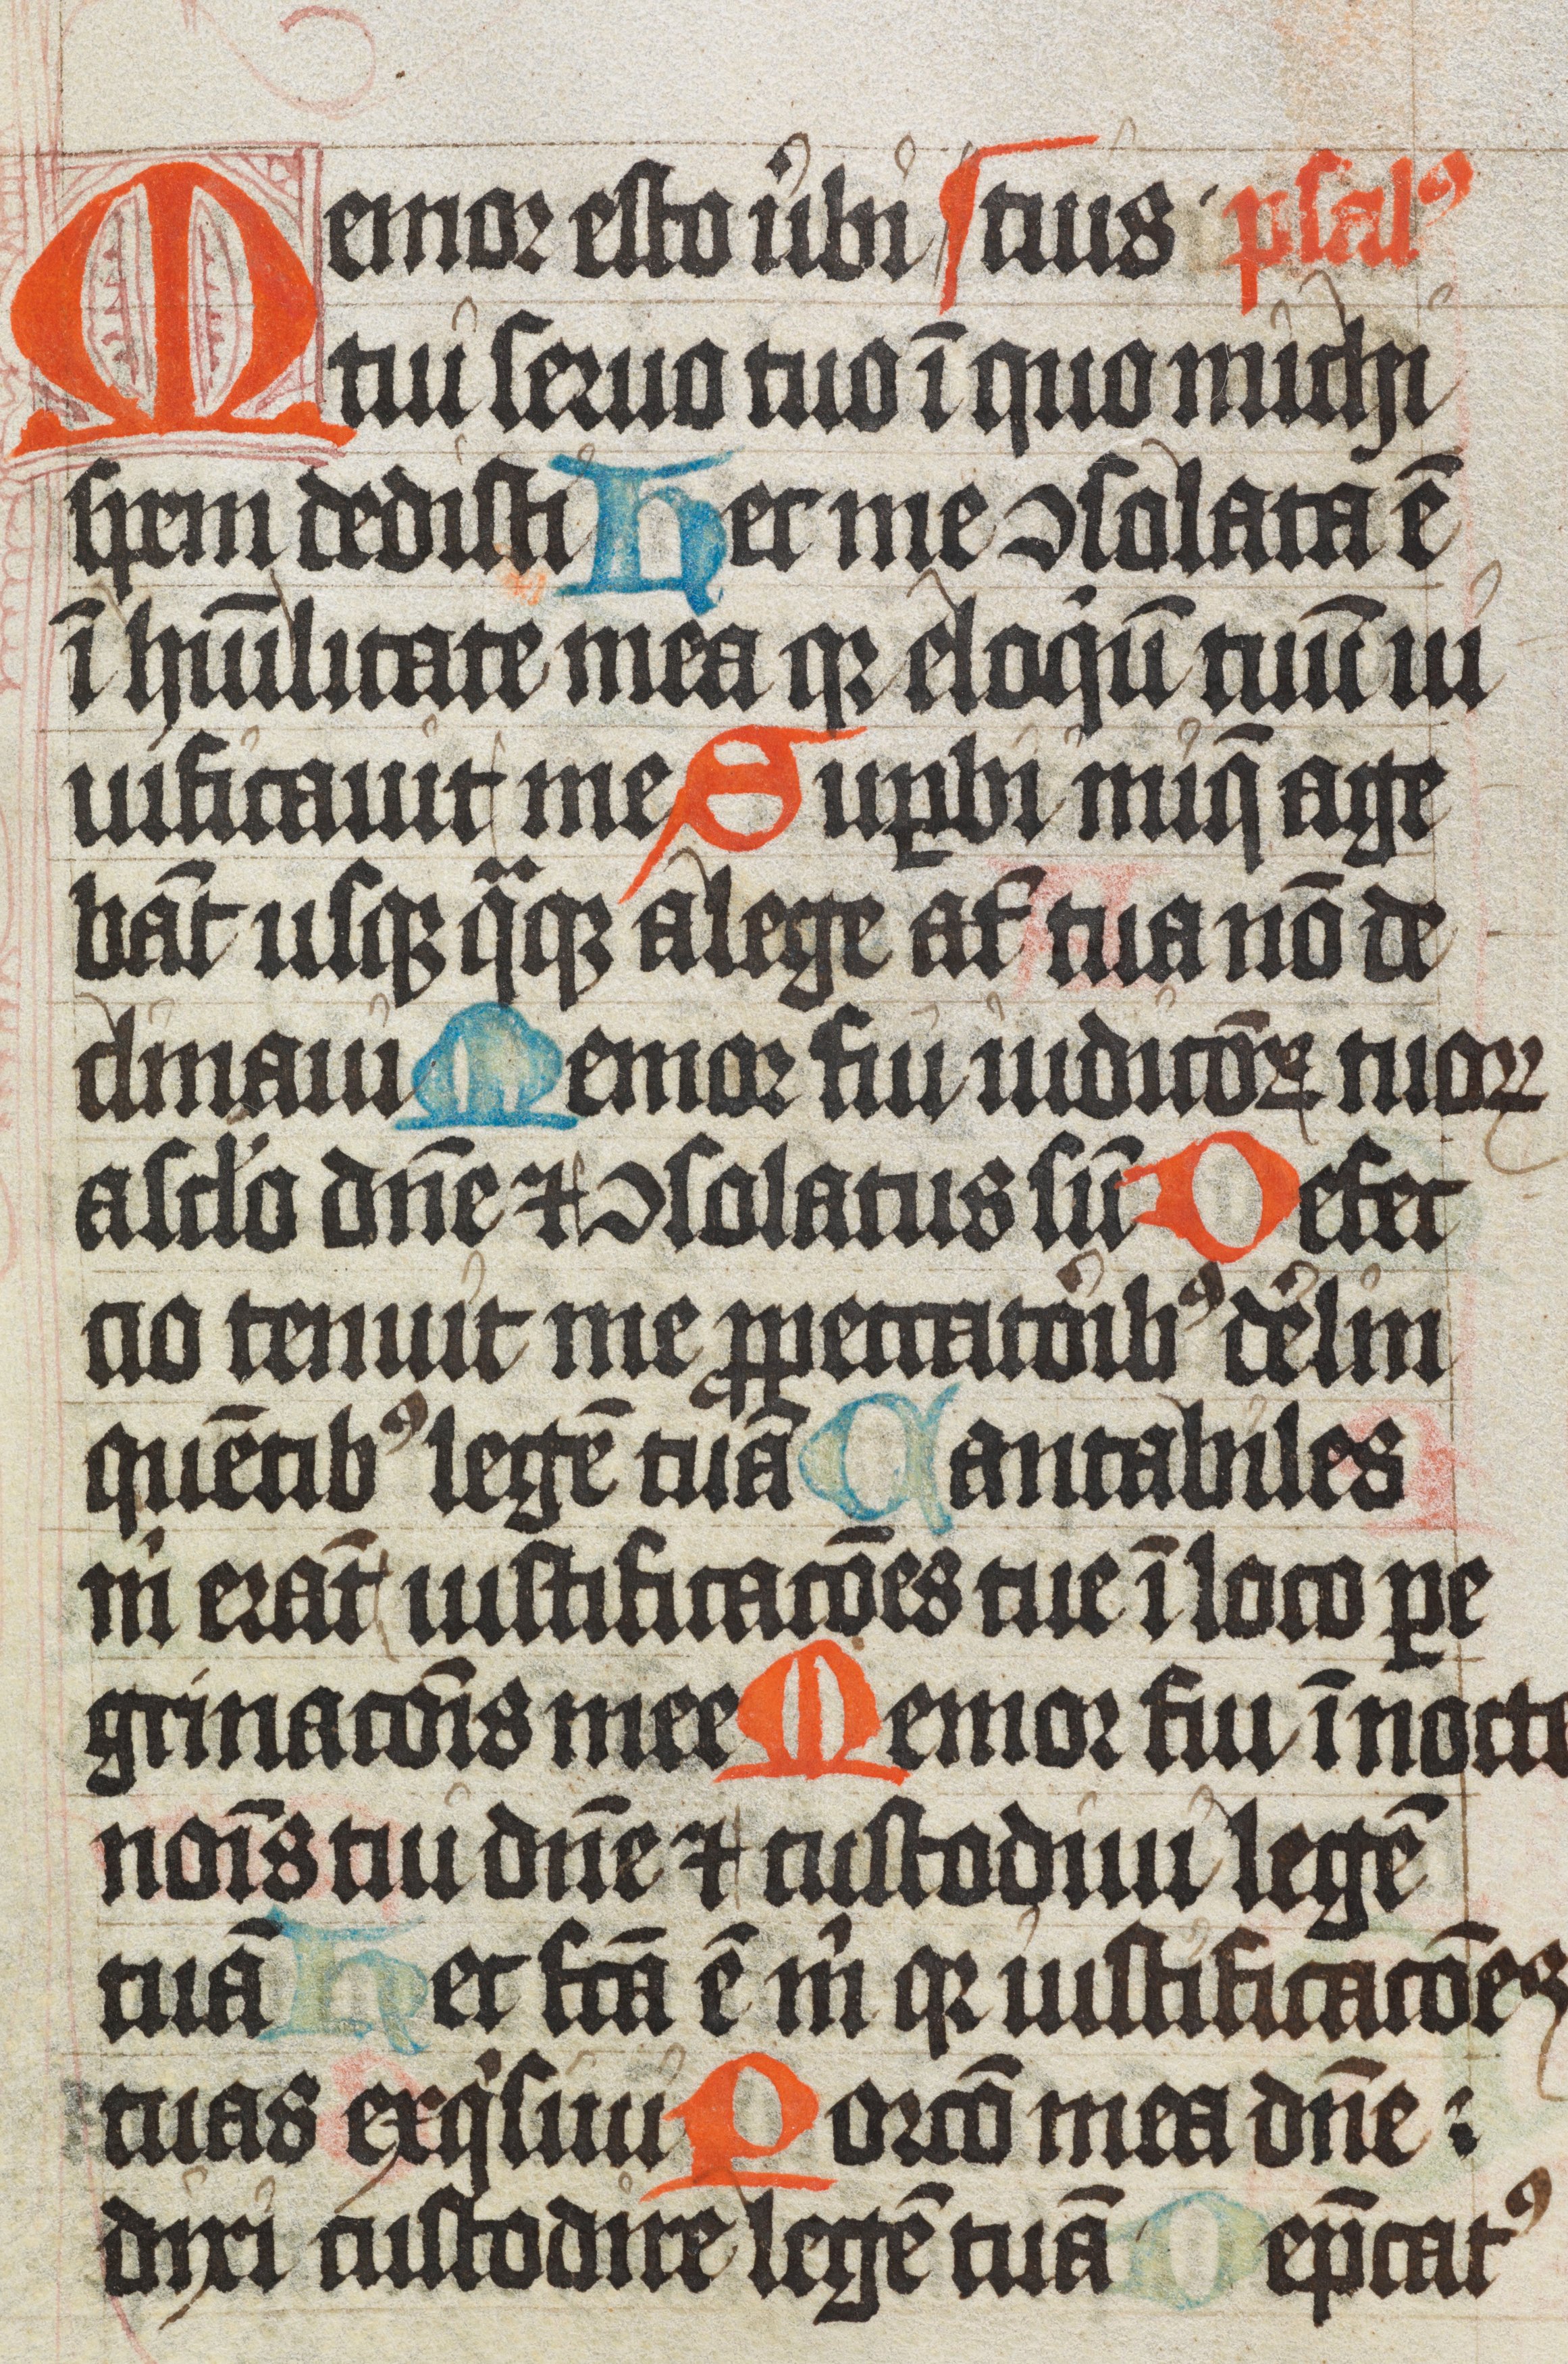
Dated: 1450–1530